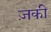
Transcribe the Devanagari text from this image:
ज़की